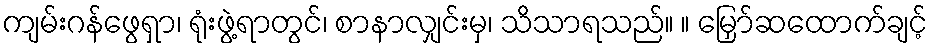
ကျမ်းဂန်ဖွေရှာ၊ ရုံးဖွဲ့ရာတွင်၊ စာနာလျှင်းမှ၊ သိသာရသည်။ ။ မြှော်ဆထောက်ချင့်